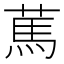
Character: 䔍